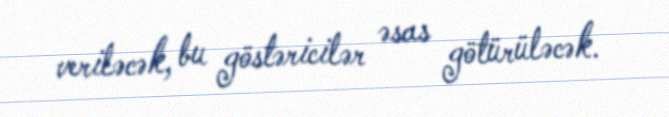
veriləcək, bu göstəricilər əsas götürüləcək.